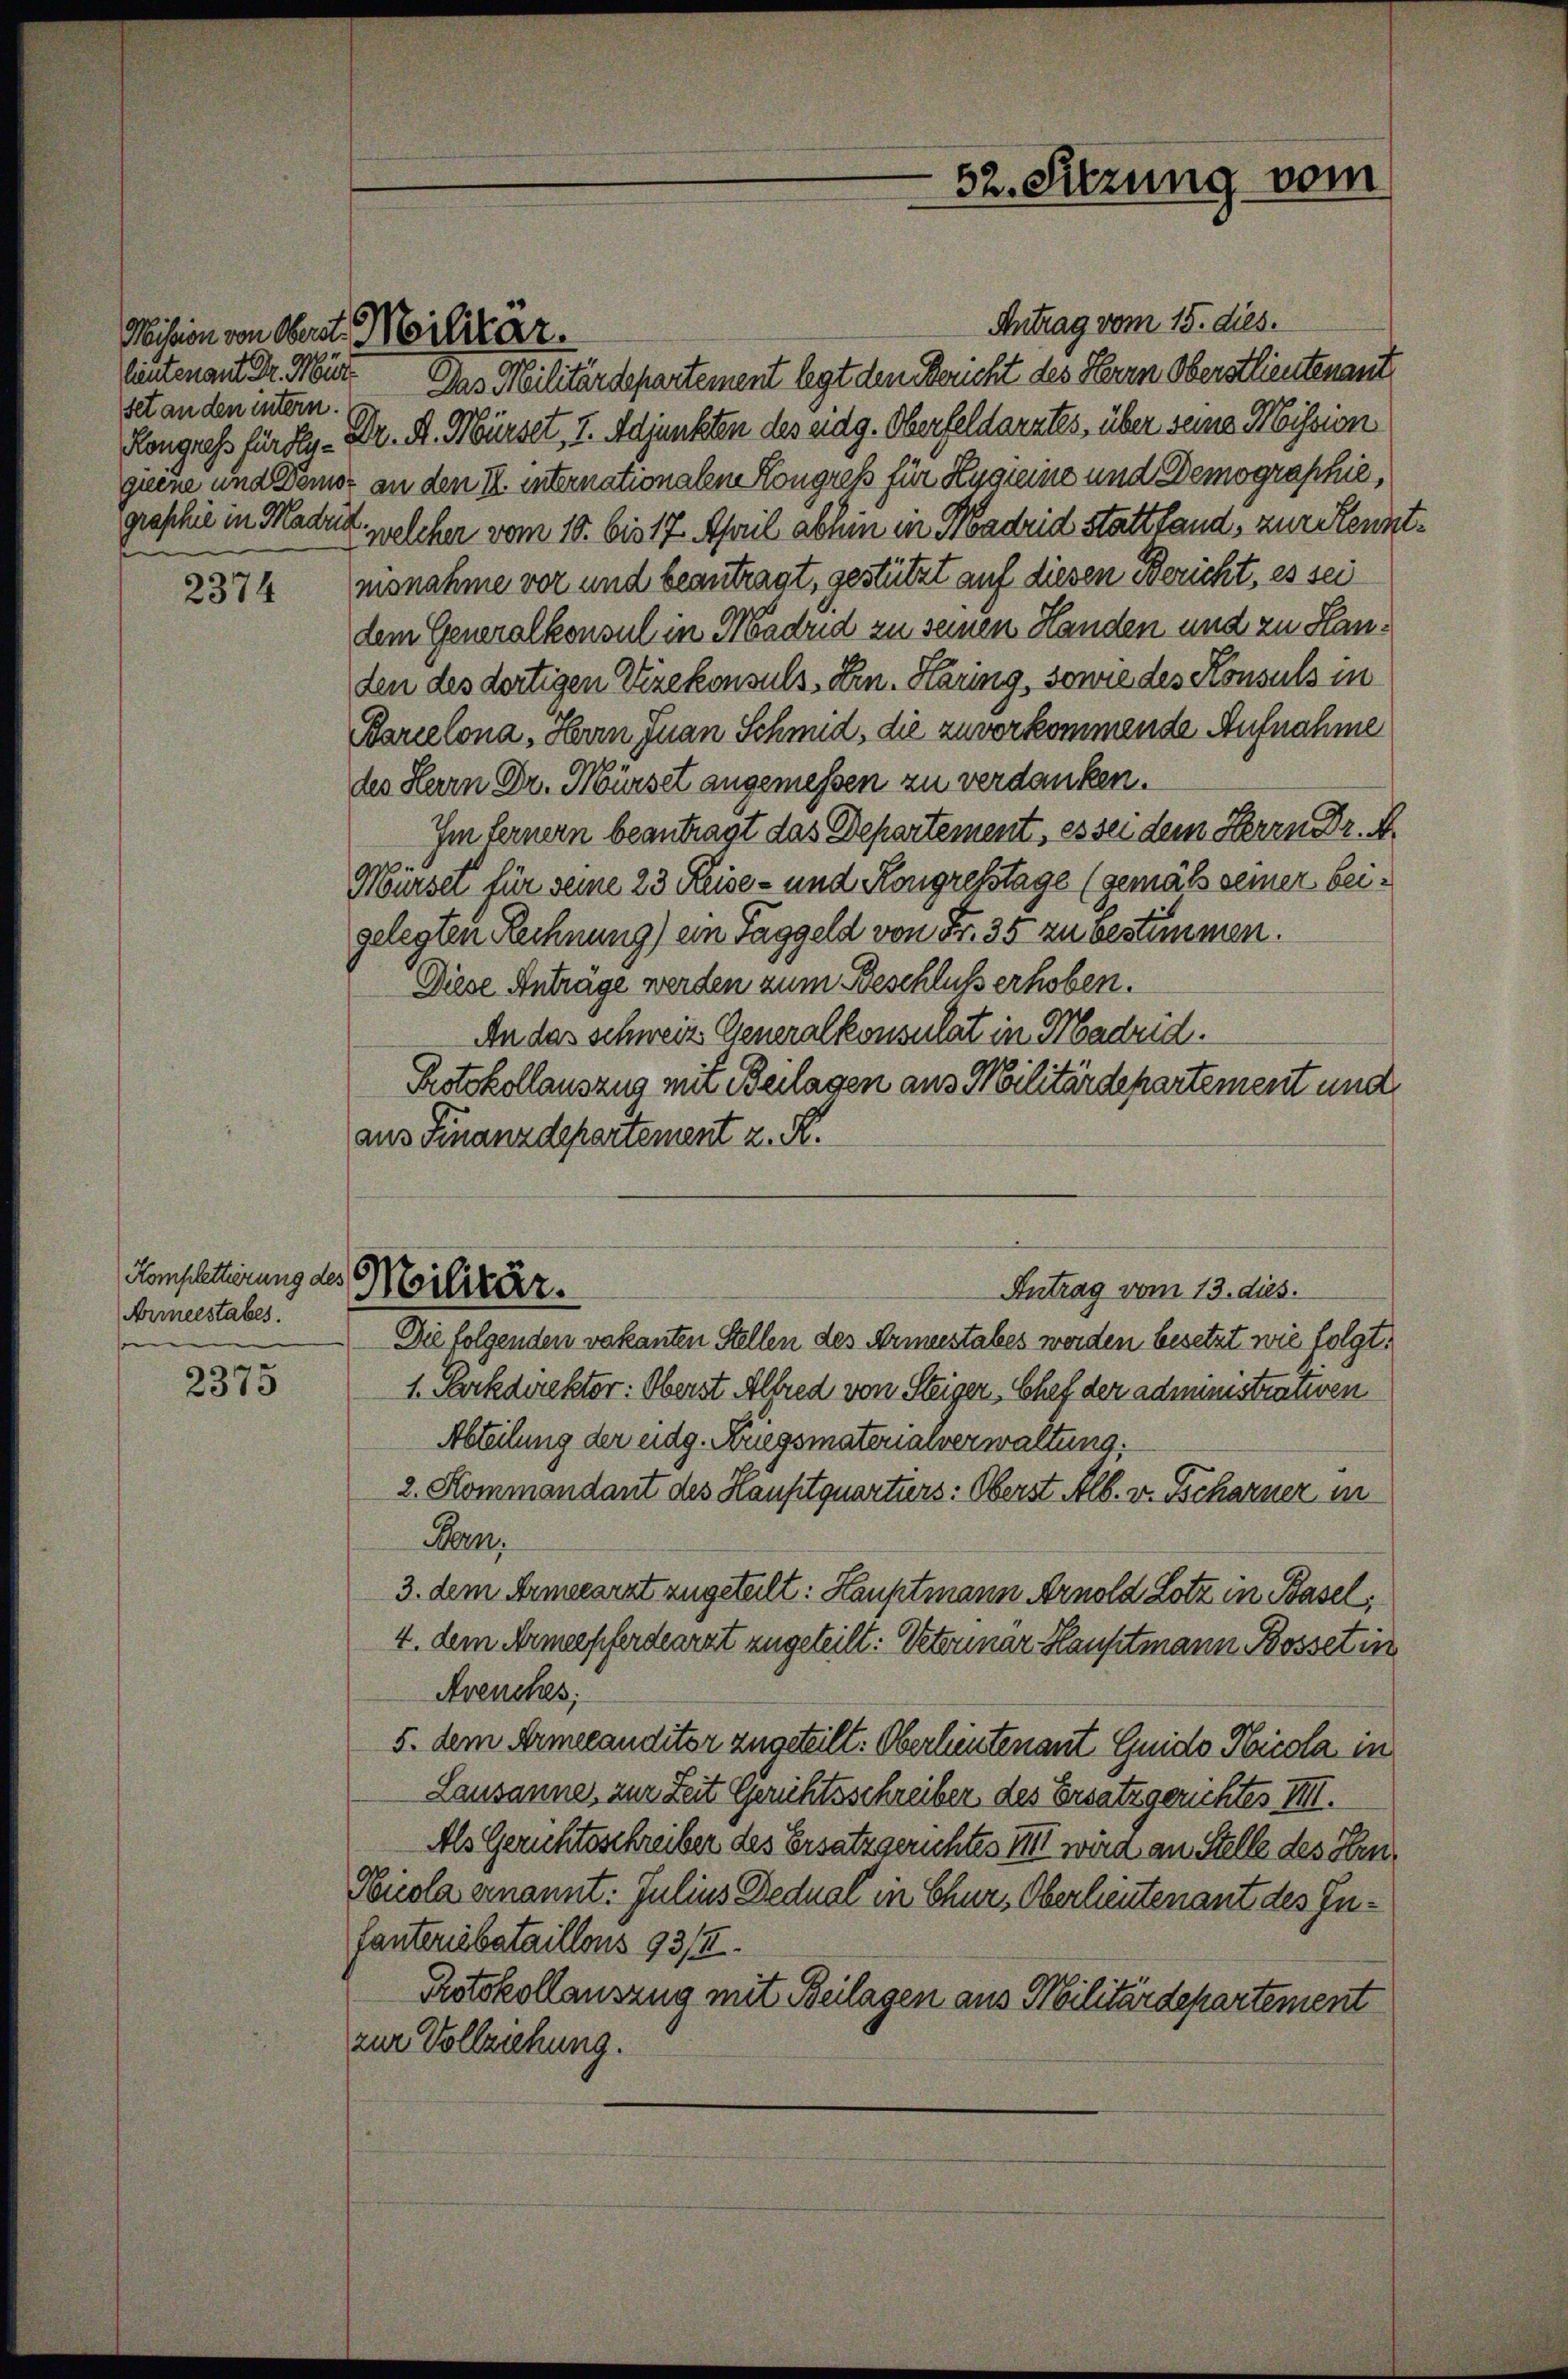
Mission von Obert. Militär.
fet an den intern.

2374

Armeestabes.
son

2375

Antrag vom 15. dies.
leutenant Dr. Nur. Das Militärdepartement legt den Bericht des Herrn Oberstlieutenant
Kongress für der - Dr. A. Nürset, 7. Adjunkten des eidg. Oberfeldarztes, über seine Mission
giene und Demoz an den II. internationalen Kongress für Kugleine und Demographie,
graschie in Madrit, welcher vom 10. bis 17. April abhin in Madrid stattfand, zur Kenntnisnahme vor und beantragt, gestützt auf diesen Bericht, es sei
dem Generalkonsul in Madrid zu seinen Handen und zu Handen des dortigen Vizekonsuls, Hrn. Karing, sowie des Konsuls in
Karcelona, Herrn Juan Schmid, die zuvorkommende Aufnahme
des Herrn Dr. Mürset angemessen zu verdanken.
Im fernern beantragt das Departement, es sei dem Herrn Dr. A.
Mürsel für seine 23 Reise- und Kongresstage (gemäß seiner beigelegten Rechnung) ein Taggeld von Fr. 35 zu bestimmen.
Diese Anträge werden zum Beschluß erhoben.
An das schweiz Generalkonsulat in Madrid.
Protokollauszug mit Beilagen aus Militärdepartement und
aus Finanzdepartement z. R.
Kompletterung des Militär.
Antrag vom 13. dies.
Die folgenden vakanten Stellen des Armeestabes werden besetzt wie folgt.
1. Parkdirektor: Oberst Alfred von Steiger, Chef der administrativen
Abteilung der eidg. Kriegsmaterialverwaltung.
2. Kommandant des Haufitquartiers: Oberst Alb. v. Tscharner in
Bern,
3. dem Armeearzt zugeteilt: Hauptmann Arnold Lotz in Basel,
4. dem Armeepferdearzt zugeteilt: Veterinar Hauptmann Bosset in
Avenches,
5. dem Armeeanditor zugeteilt. Oberleutenant Guido Nicola in
Lausanne, zur Zeit Gerichtsschreiber des Ersatzgerichtes VIII.
Als Gerichtsschreiber des Ersatz gerichtes III wird an Stelle des Hen¬
Nicola ernannt: Julius Dedual in Chur, Oberlieutenant des Infanteriebstaillons 93/II.
Protokollauszug mit Beilagen aus Militärdepartement
zur Vollziehung.

52. Sitzung vom